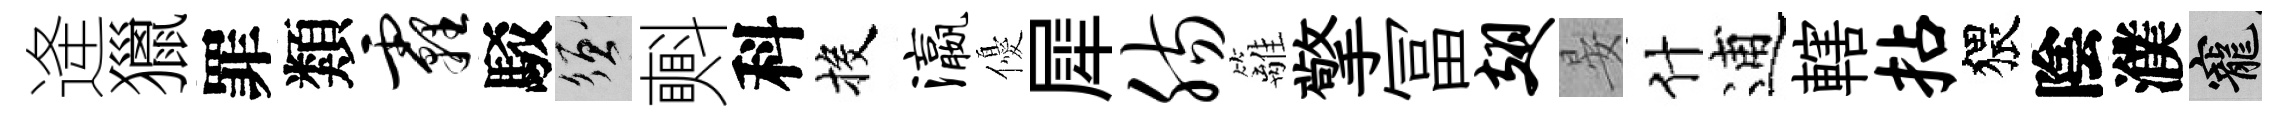
逄獵罪類霾駁須㪺科投瀛優犀肠籬擎冨翅晏什逋轄拈猥陰濮寵